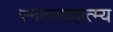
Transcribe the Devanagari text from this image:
स्नानमाहात्म्य